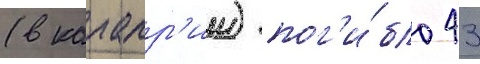
(в калабр'ии) пог'и́бло 43